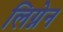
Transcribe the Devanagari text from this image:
लिग्नेन